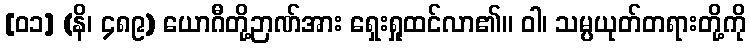
[၀၁] (နိ၊ ၄၈၉) ယောဂီတို့ဉာဏ်အား ရှေးရှုထင်လာ၏။ ဝါ၊ သမ္ပယုတ်တရားတို့ကို